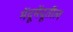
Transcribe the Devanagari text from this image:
मेंदूमेंदूतील